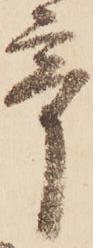
奇